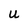
Character: U